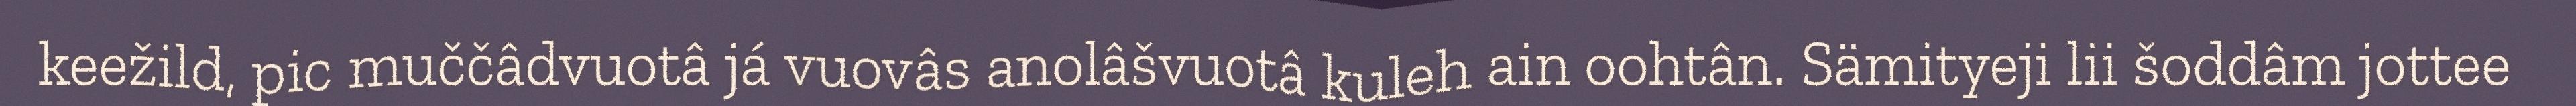
keežild, pic muččâdvuotâ já vuovâs anolâšvuotâ kuleh ain oohtân. Sämityeji lii šoddâm jottee